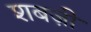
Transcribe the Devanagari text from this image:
शबज़ी